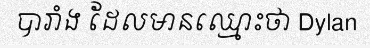
បារាំង ដែលមានឈ្មោះថា Dylan